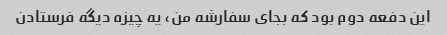
این دفعه دوم بود که بجاى سفارشه من، یه چیزه دیگه فرستادن